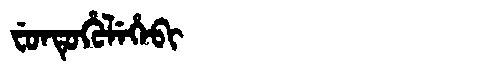
Manchu: ᠸᡠᠨᡨᡠᡥᡠᠯᡝᡥᡝᠪᡳ
Romanization: FUNTUHULEHEBI